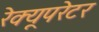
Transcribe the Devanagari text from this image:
रेक्यूपरेटर